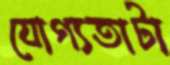
যোগ্যতাটা